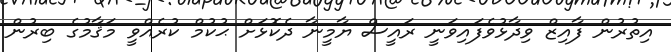
އިތުރުން ފާއިޒް ވިދާޅުވެފައިވަނީ ރައީސް ޔާމީނާ ދެކޮޅަށް ޙުކުމް ކުރެއްވީ މަޤާމުގެ ބިރުން